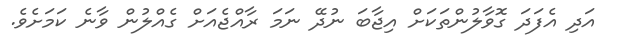
އަދި އެފަދަ ގޮވާލުންތަކަށް އިޖާބަ ނުދޭ ނަމަ ރާއްޖެއަށް ގެއްލުން ވާނެ ކަމަށެވެ.